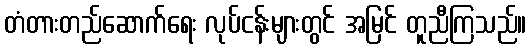
တံတားတည်ဆောက်ရေး လုပ်ငန်းများတွင် အမြင် တူညီကြသည်။